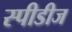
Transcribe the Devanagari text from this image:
स्पीडीज